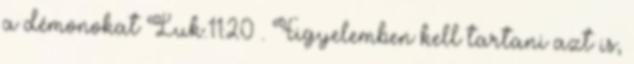
a démonokat Luk.11:20 . Figyelemben kell tartani azt is,